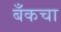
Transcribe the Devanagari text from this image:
बँकचा